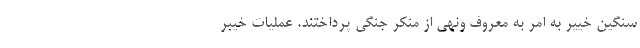
سنگین خییر به امر به معروف ونهی از منکر جنگی پرداختند. عملیات خیبر